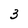
Character: 3